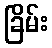
ခြိမ်း